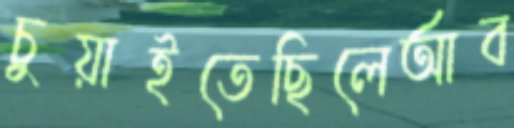
চুয়াইতেছিলেআব